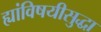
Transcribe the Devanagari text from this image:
ह्यांविषयीसुद्धा